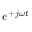
e ^ { + j \omega t }